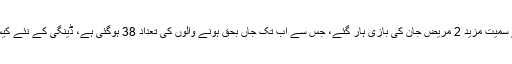
راولپنڈی میں ڈینگی وائرس سے متاثرہ بچے سمیت مزید 2 مریض جان کی بازی ہار گئے، جس سے اب تک جاں بحق ہونے والوں کی تعداد 38 ہوگئی ہے، ڈینگی کے نئے کیس سامنے آنے کی رفتار بھی نہیں تھم سکی۔